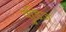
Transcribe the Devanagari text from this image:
वुडिज़